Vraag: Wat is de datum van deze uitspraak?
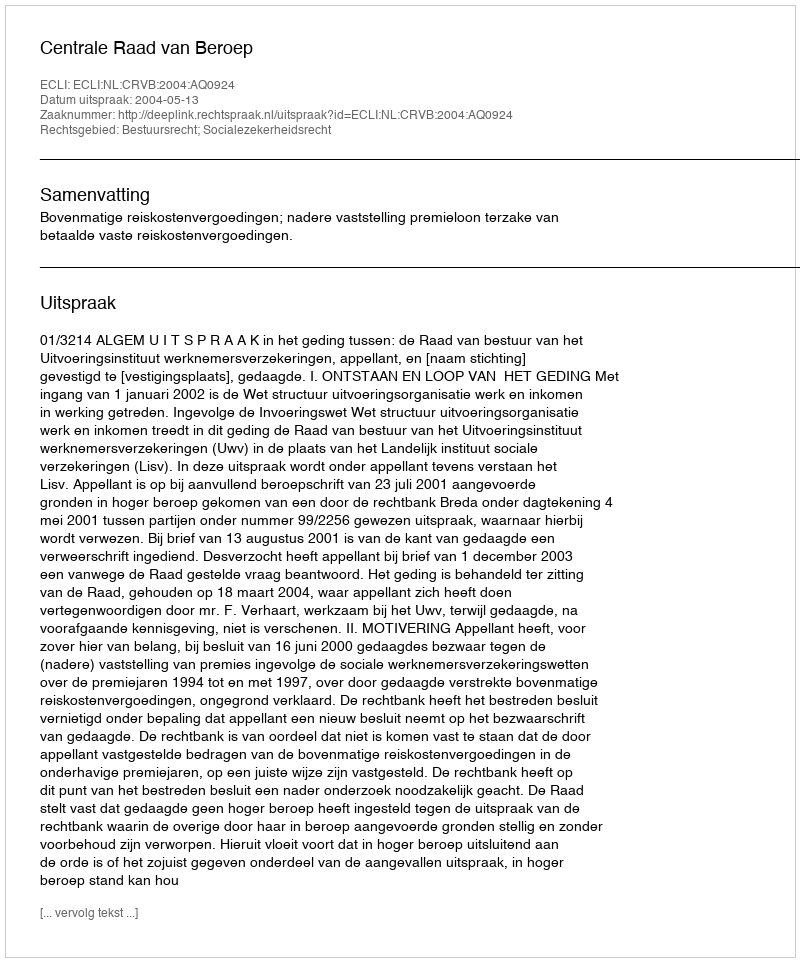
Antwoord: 2004-05-13